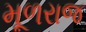
મૂળરાજ